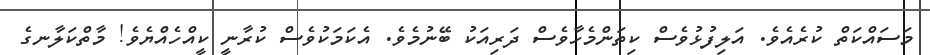
މަސައްކަތް ކުރެއެވެ. އަލިފުޅުވެސް ކިތަންމެހާވެސް ދަރިއަކު ބޭނުމެވެ. އެކަމަކުވެސް ކުރާނީ ކީއްހެއްޔެވެ! މާތްކަލާނގެ